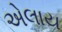
એલાય